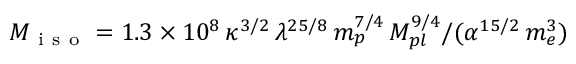
M _ { \mathrm { ~ i ~ s ~ o ~ } } = 1 . 3 \times 1 0 ^ { 8 } \, \kappa ^ { 3 / 2 } \, \lambda ^ { 2 5 / 8 } \, m _ { p } ^ { 7 / 4 } \, M _ { p l } ^ { 9 / 4 } / ( \alpha ^ { 1 5 / 2 } \, m _ { e } ^ { 3 } )